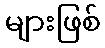
များဖြစ်